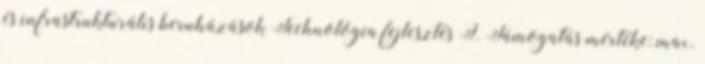
és infrastrukturális beruházások Technológia fejlesztés I. Támogatás mértéke: max.